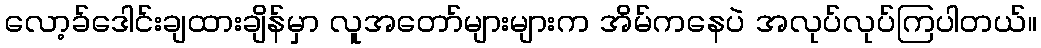
လော့ခ်ဒေါင်းချထားချိန်မှာ လူအတော်များများက အိမ်ကနေပဲ အလုပ်လုပ်ကြပါတယ်။